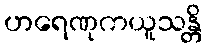
ဟရေဏုကယူသန္တိ